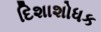
દિશાશોધક